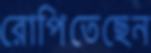
রোপিতেছেন